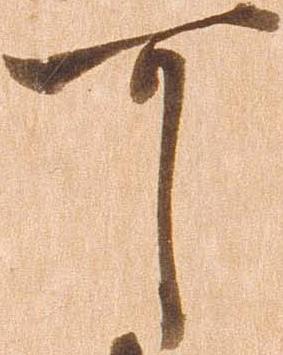
可